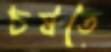
চষতে